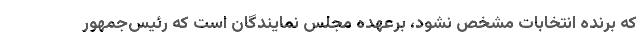
که برنده انتخابات مشخص نشود، برعهده مجلس نمایندگان است که رئیس‌جمهور